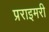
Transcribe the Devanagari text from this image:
प्रराइमरी